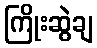
ကြိုးဆွဲချ